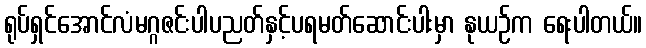
ရုပ်ရှင်အောင်လံမဂ္ဂဇင်းပါပညတ်နှင့်ပရမတ်ဆောင်းပါးမှာ နုယဉ်က ရေးပါတယ်။